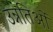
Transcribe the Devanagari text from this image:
उन्नतिओं